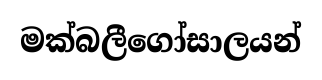
මක්බලීගෝසාලයන්